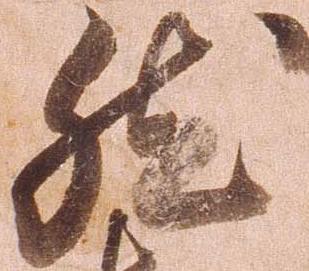
然